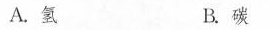
A.氢 B.碳